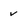
Character: v